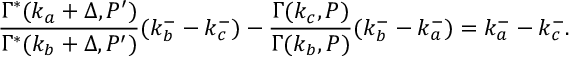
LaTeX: \frac { \Gamma ^ { * } ( k _ { a } + \Delta , P ^ { \prime } ) } { \Gamma ^ { * } ( k _ { b } + \Delta , P ^ { \prime } ) } ( k _ { b } ^ { - } - k _ { c } ^ { - } ) - \frac { \Gamma ( k _ { c } , P ) } { \Gamma ( k _ { b } , P ) } ( k _ { b } ^ { - } - k _ { a } ^ { - } ) = k _ { a } ^ { - } - k _ { c } ^ { - } .